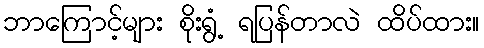
ဘာကြောင့်များ စိုးရွံ့ ရပြန်တာလဲ ထိပ်ထား။